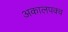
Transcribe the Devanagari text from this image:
अकालपक्व